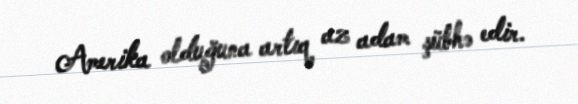
Amerika olduğuna artıq az adam şübhə edir.